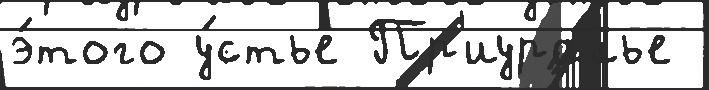
э́того у́стье Пр'иуралье